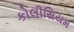
કોલીસિયમ